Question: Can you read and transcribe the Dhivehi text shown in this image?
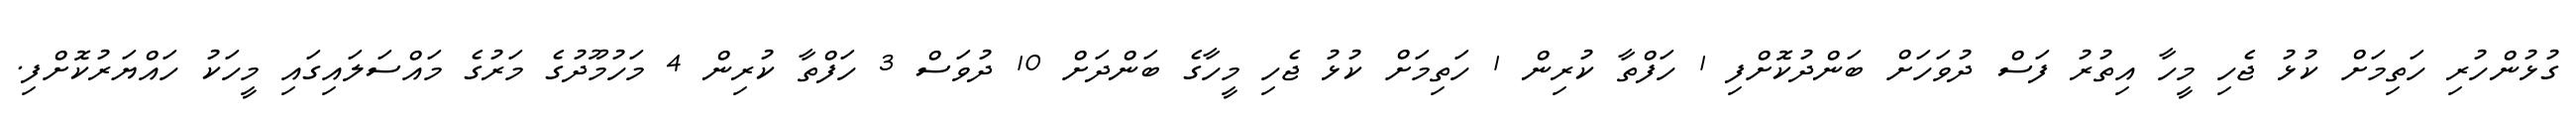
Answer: ގުޅުންހުރި ހަތިމަށް ކުޅު ޖެހި މީހާ އިތުރު ފަސް ދުވަހަށް ބަންދުކޮށްފި 1 ހަފްތާ ކުރިން 1 ހަތިމަށް ކުޅު ޖެހި މީހާގެ ބަންދަށް 10 ދުވަސް 3 ހަފްތާ ކުރިން 4 މަހުމޫދުގެ މަރުގެ މައްސަލައިގައި މީހަކު ހައްޔަރުކޮށްފި.